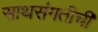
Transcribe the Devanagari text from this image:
साथसंगतीची